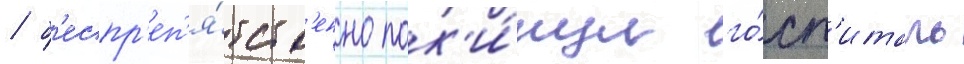
/ б'еспр'еп'я́тств'енно пок'и́нул го́сп'италь